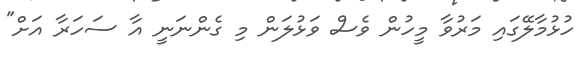
ހުޅުމާލޭގައި މަރުވާ މީހުން ވެސް ވަޅުލަން މި ގެންނަނީ އާ ސަހަރާ އަށް"